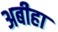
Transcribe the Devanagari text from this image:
अबीहा